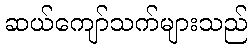
ဆယ်ကျော်သက်များသည်